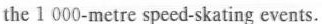
the 1 000-metre speed-skating events.